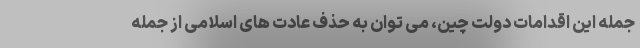
جمله این اقدامات دولت چین، می توان به حذف عادت های اسلامی از جمله